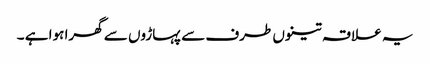
یہ علاقہ تینوں طرف سے پہاڑوں سے گھرا ہوا ہے ۔